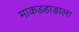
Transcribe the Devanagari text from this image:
माकडहाडाला